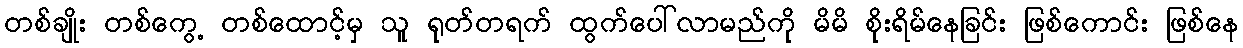
တစ်ချိုး တစ်ကွေ့ တစ်ထောင့်မှ သူ ရုတ်တရက် ထွက်ပေါ်လာမည်ကို မိမိ စိုးရိမ်နေခြင်း ဖြစ်ကောင်း ဖြစ်နေ